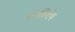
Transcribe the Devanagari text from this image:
तंत्रविशेष